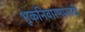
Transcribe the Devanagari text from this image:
भूकनिवारणासाठी